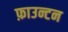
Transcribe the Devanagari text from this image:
फ़ाउन्टन